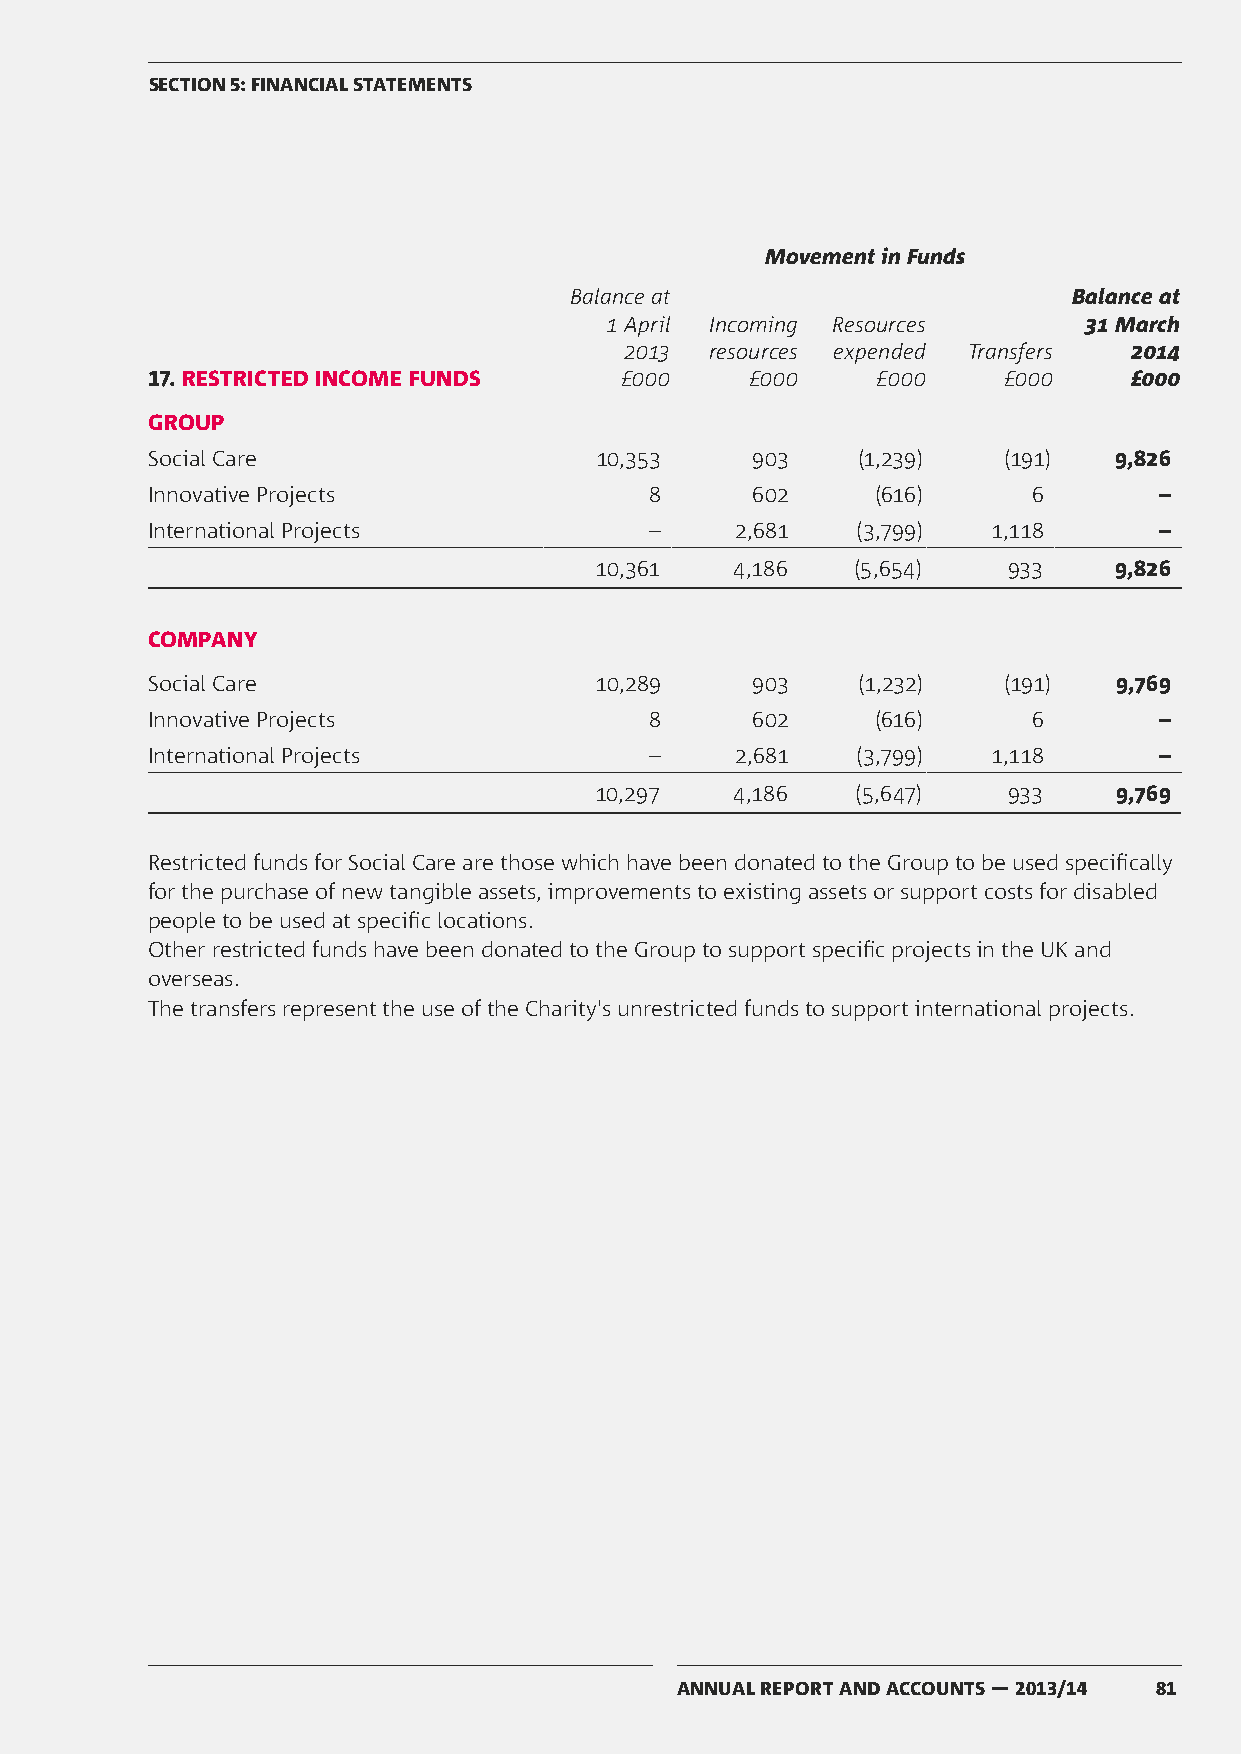
SECTION 5: FINANCIAL STATEMENTS
 Movement in Funds
 Balance at                       Balance at
 1 April Incoming Resources      31 March
 2013  resources expended Transfers 2014
 17. RESTRICTED INCOME FUNDS    £000     £000    £000    £000     £000
 GROUP
 Social Care                  10,353     903    (1,239)  (191)   9,826
 Innovative Projects              8      602     (616)     6        –
 International Projects           –     2,681   (3,799)  1,118      –
 10,361    4,186   (5,654)   933    9,826
 COMPANY
 Social Care                  10,289     903    (1,232)  (191)   9,769
 Innovative Projects              8      602     (616)     6        –
 International Projects           –     2,681   (3,799)  1,118      –
 10,297    4,186   (5,647)   933    9,769
 Restricted funds for Social Care are those which have been donated to the Group to be used specifically
 for the purchase of new tangible assets, improvements to existing assets or support costs for disabled
 people to be used at specific locations.
 Other restricted funds have been donated to the Group to support specific projects in the UK and
 overseas.
 The transfers represent the use of the Charity's unrestricted funds to support international projects.
 ANNUAL REPORT AND ACCOUNTS — 2013/14 81